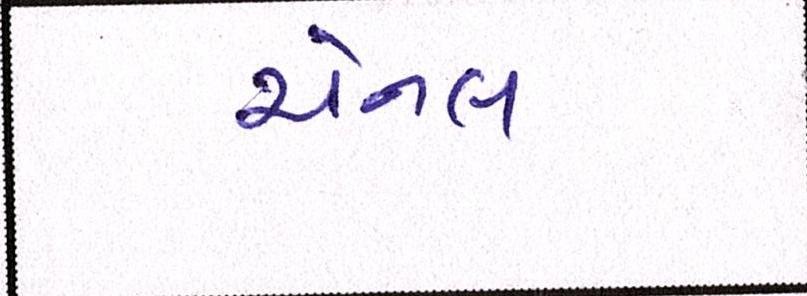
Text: ચેનલ